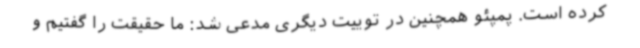
کرده است. پمپئو همچنین در توییت دیگری مدعی شد: ما حقیقت را گفتیم و